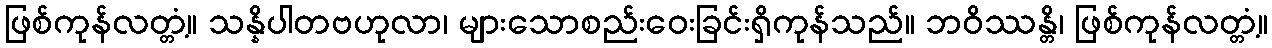
ဖြစ်ကုန်လတ္တံ့။ သန္နိပါတဗဟုလာ၊ များသောစည်းဝေးခြင်းရှိကုန်သည်။ ဘဝိဿန္တိ၊ ဖြစ်ကုန်လတ္တံ့။